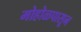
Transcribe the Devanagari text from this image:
मोहोळपासून